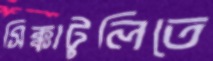
সিক্কাটুলিতে